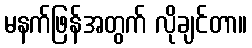
မနက်ဖြန်အတွက် လိုချင်တာ။